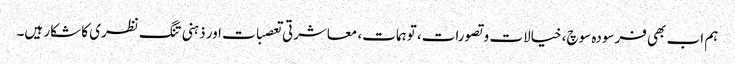
ہم اب بھی فرسودہ سوچ، خیالات و تصورات، توہمات، معاشرتی تعصبات اور ذہنی تنگ نظری کا شکار ہیں۔